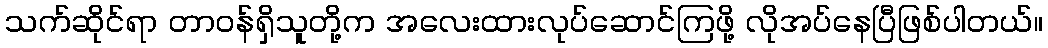
သက်ဆိုင်ရာ တာဝန်ရှိသူတို့က အလေးထားလုပ်ဆောင်ကြဖို့ လိုအပ်နေပြီဖြစ်ပါတယ်။